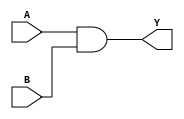
`timescale 1ns / 1ps
//////////////////////////////////////////////////////////////////////////////////
// Company: 
// Engineer: 
// 
// Design Name: 
// Module Name: and
// Project Name: 
// Target Devices: 
// Tool Versions: 
// Description: 
// 
// Dependencies: 
// 
// Revision:
// Revision 0.01 - File Created
// Additional Comments:
// 
//////////////////////////////////////////////////////////////////////////////////
//Percentages
//Mason: 33%
//Alex: 33%
// Ali: 33%

module andgate(
    input A,  // First input
    input B,  // Second input
    output reg Y  // Output
);
    initial begin 
        Y <= 0;
    end
    
    always @(A, B) begin
//        $display("and is innocent");
        Y <= A & B;
    end
endmodule